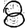
Digit: 8